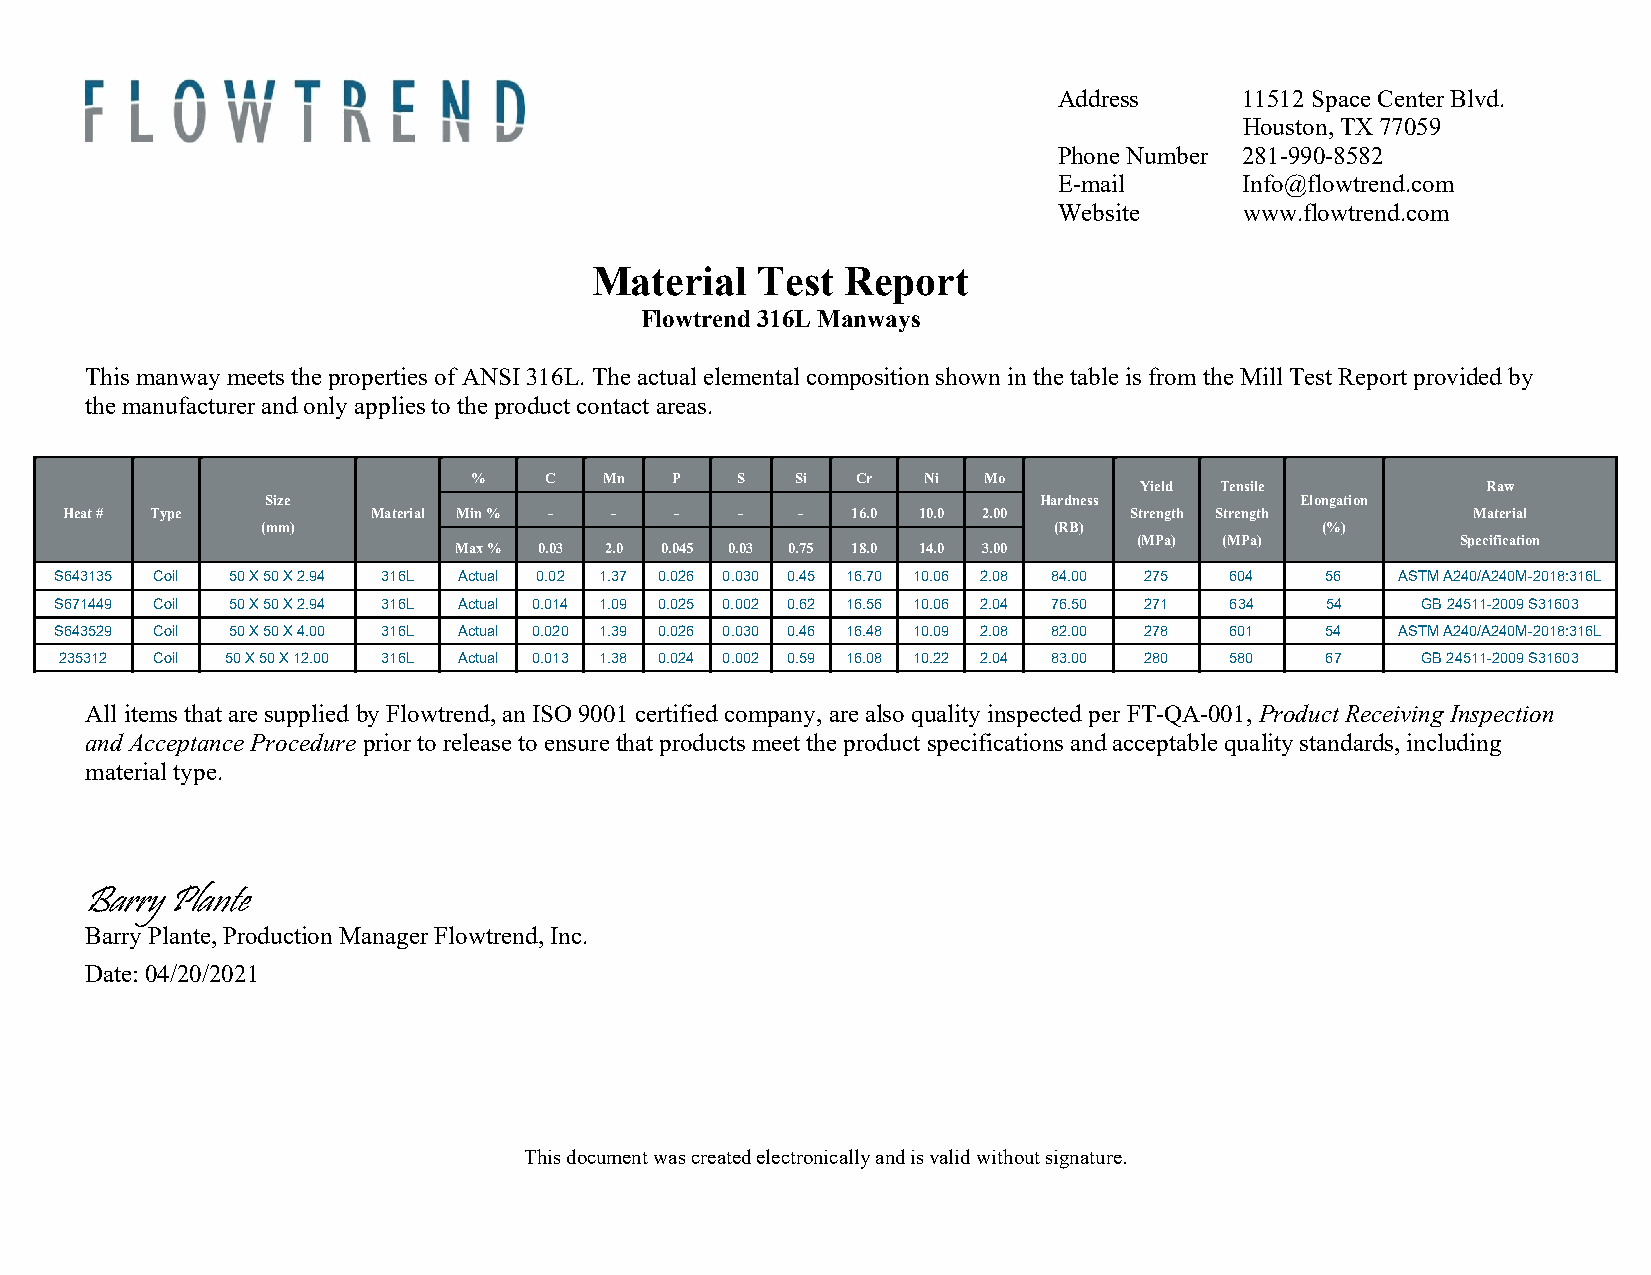
Address     11512 Space Center Blvd.
 Houston, TX 77059
 Phone Number 281-990-8582
 E-mail      Info@flowtrend.com
 Website     www.flowtrend.com
 Material   Test  Report
 Flowtrend 316L Manways
 This manway meets the properties of ANSI 316L. The actual elemental composition shown in the table is from the Mill Test Report provided by
 the manufacturer and only applies to the product contact areas.
 %    C   Mn  P    S   Si  Cr  Ni  Mo
 Yield Tensile          Raw
 Size                                               Hardness         Elongation
 Heat # Type          Material Min % - -  -   -   -  16.0 10.0 2.00     Strength Strength     Material
 (mm)                                                 (RB)             (%)
 (MPa) (MPa)           Specification
 Max % 0.03 2.0 0.045 0.03 0.75 18.0 14.0 3.00
 S643135 Coil 50 X 50 X 2.94 316L Actual 0.02 1.37 0.026 0.030 0.45 16.70 10.06 2.08 84.00 275 604 56 ASTM A240/A240M-2018:316L
 S671449 Coil 50 X 50 X 2.94 316L Actual 0.014 1.09 0.025 0.002 0.62 16.56 10.06 2.04 76.50 271 634 54 GB 24511-2009 S31603
 S643529 Coil 50 X 50 X 4.00 316L Actual 0.020 1.39 0.026 0.030 0.46 16.48 10.09 2.08 82.00 278 601 54 ASTM A240/A240M-2018:316L
 235312 Coil 50 X 50 X 12.00 316L Actual 0.013 1.38 0.024 0.002 0.59 16.08 10.22 2.04 83.00 280 580 67 GB 24511-2009 S31603
 All items that are supplied by Flowtrend, an ISO 9001 certified company, are also quality inspected per FT-QA-001, Product Receiving Inspection
 and Acceptance Procedure prior to release to ensure that products meet the product specifications and acceptable quality standards, including
 material type.
 Barry Plante
 Barry Plante, Production Manager Flowtrend, Inc.
 Date: 04/20/2021
 This document was created electronically and is valid without signature.